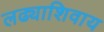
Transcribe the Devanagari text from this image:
लढ्याशिवाय